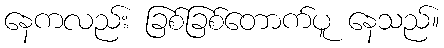
နေကလည်း ခြစ်ခြစ်တောက်ပူ နေသည်။